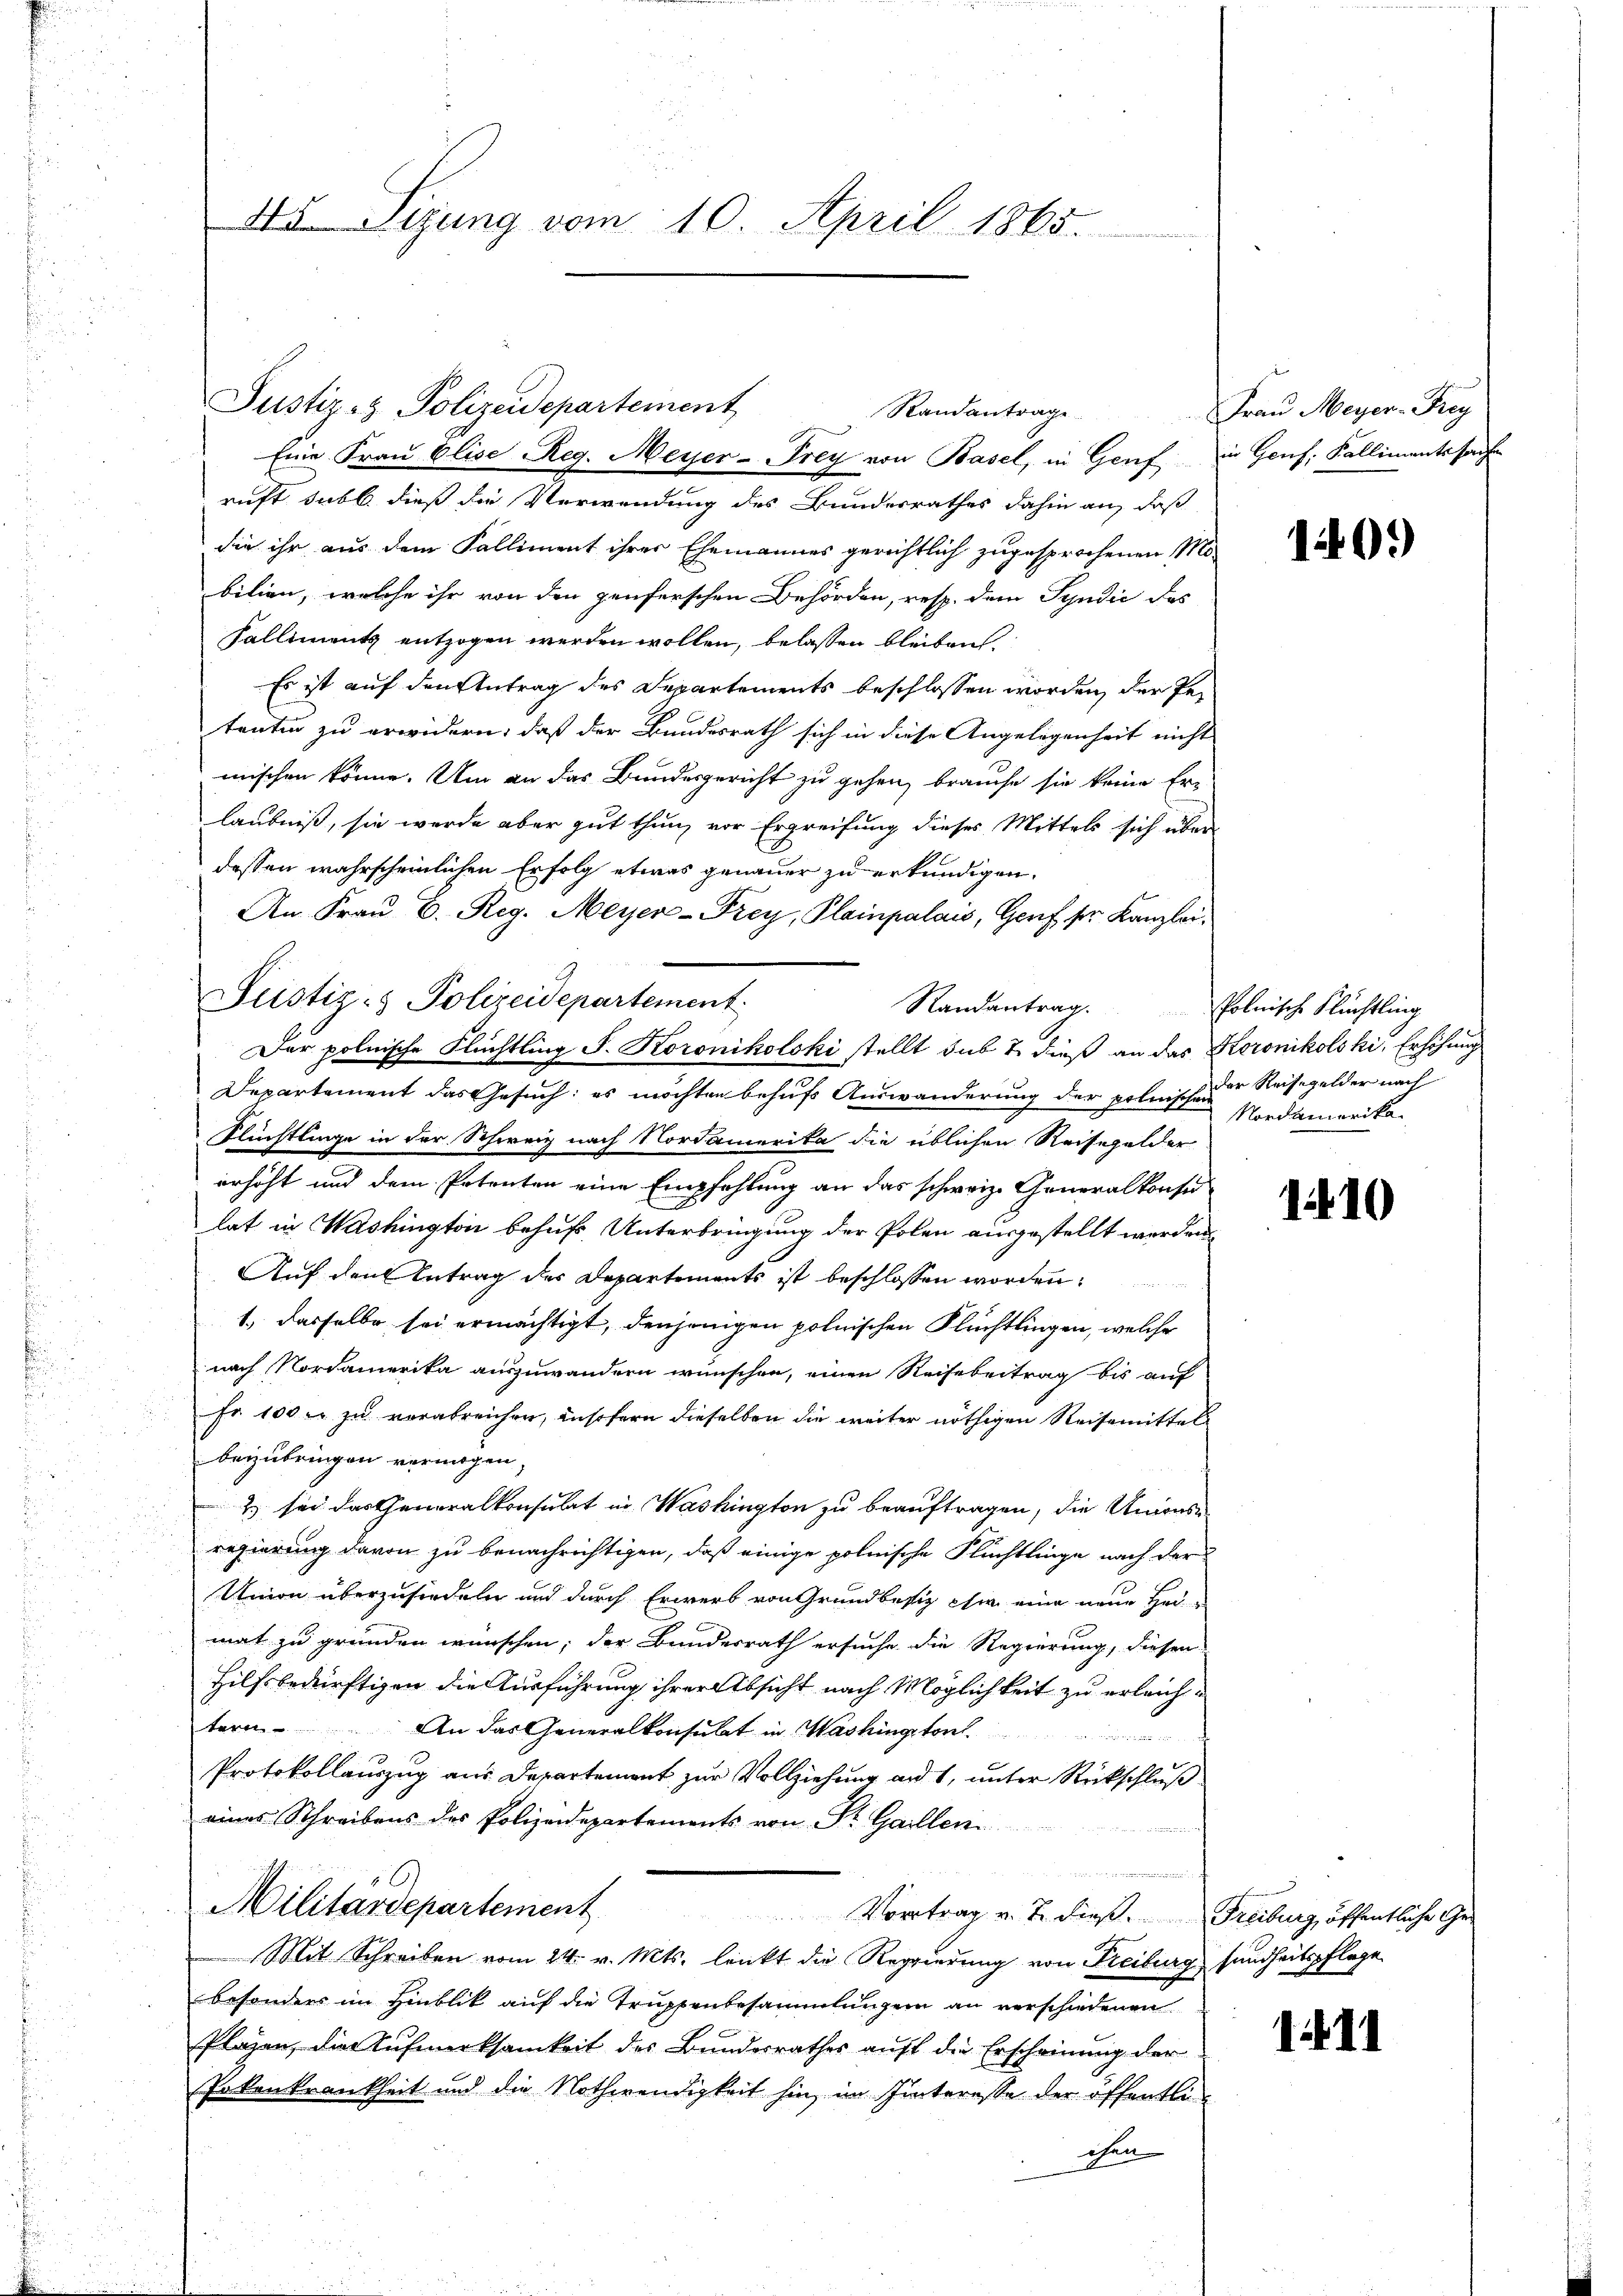
Justiz- & Polizeidepartement
Eine Frau Elise Reg. Meyer-Frey von Basel, in Genf in Genf, Kallimentssache
ruft habl dieß die Verwendung des Bunderrathes dahin an, daß
die ihr aus dem Falliment ihrer Ehemannes gerichtlich zugesprochenen Mobilien, welche ihr von den penferschen Behörden, resp. dem Syndić das
Falliments entzogen werden wollen, belassen bleiben.
Es ist auf den Antrag des Departements beschlossen worden, der Petentin zu erwidern, daß der Bundesrath sich in diese Angelegenheit nicht
mischen könne. Um an das Bundesgericht zu gehen, brauche sie keine Erlaubniß, sie werde aber gut thun, vor Ergreifung dieses Mittels sich über
dessen wahrscheinlichen Erfolg etwas genauer zu erkundigen.
An Frau D. Reg. Meyer-Frey, Plainpalais, Genf sr. Kanzlei¬
Justiz- & Polizeidepartement
Randantrag.
Departement das Gesuch: es möchten behufs Auswanderung der polnischen
Flüchtlinge in der Schweiz nach Nordamerika die üblichen Reisegelder
erhöht und dem Petenten eine Empfehlung an das schweiz. Generalkonsu
lat in Washington behufs Unterbringung der Polen ausgestellt werden
Auf den Antrag des Departements ist beschlossen worden.
1. dasselbe sei ermächtigt, denjenigen polnischen Flüchtlingen, welche
nach Nordamerika auszuwandern wünschen, einen Reisebeitrag bis auf
Fr. 100 fr zu verabreichen, insofern dieselben die weiter nöthigen Reisemittel
beizubringen vermögen,
2) sei das Generalkonsulat in Washington zu beauftragen, die Unionse-
regierung davon zu benachrichtigen, daß einige polnische Flüchtlinge nach der
Union überzusiedeln und durch Erwerb von Grundbesiz chi eine neue Heimat zu gründen wünschen; der Bundesrath ersuche die Regierung, diesen
Hilfsbedürftigen die Ausführung ihrer Absicht nach Möglichkeit zu erleichtern
An das Generalkonsulat in Washington
Protokollauszug aus Departement zur Vollziehung an 1, unter Rückschluß
eines Schreibens des Polizeidepartements von Dr. Gaillen
e
Militärdepartement Vertrag v. J. dieß. Freiburg, öffentliche Ge¬
Mit Schreiben vom 24. v. Mts. lenkt die Regierung von Freiburg sundheitspflege
besonders im Hinblick auf die Truppenbesammlungen an verschiedenen
Pläzen, die Aufmerksamkeit des Bundesrathes auf die Erscheinung der
okenkrankheit und die Nothwendigkeit hin, im Interesse der öffentli
chen

4I Sizung vom 10. April 1865.

Randantrage

Der polnische Flüchtling S. Koronikolski stellt sub 2 dieß an das Koronikolski, Erhöhung

Frau Meyer-Frey

140.)

Polnische Flüchtling
der Reisegelder nach
Nordamerikan

110

1